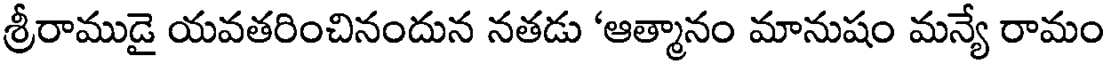
శ్రీరాముడై యవతరించినందున నతడు 'ఆత్మానం మానుషం మన్యే రామం